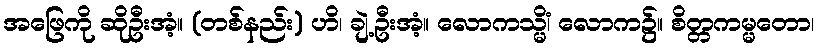
အဖြေကို ဆိုဦးအံ့။ (တစ်နည်း) ဟိ၊ ချဲ့ဦးအံ့။ လောကသ္မိံ၊ လောက၌။ စိတ္တကမ္မတော၊